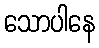
သောပါနေ